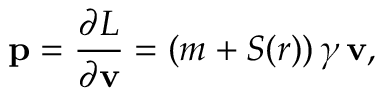
{ \bf p } = { \frac { \partial L } { \partial { \bf v } } } = ( m + S ( r ) ) \, \gamma \, { \bf v } ,